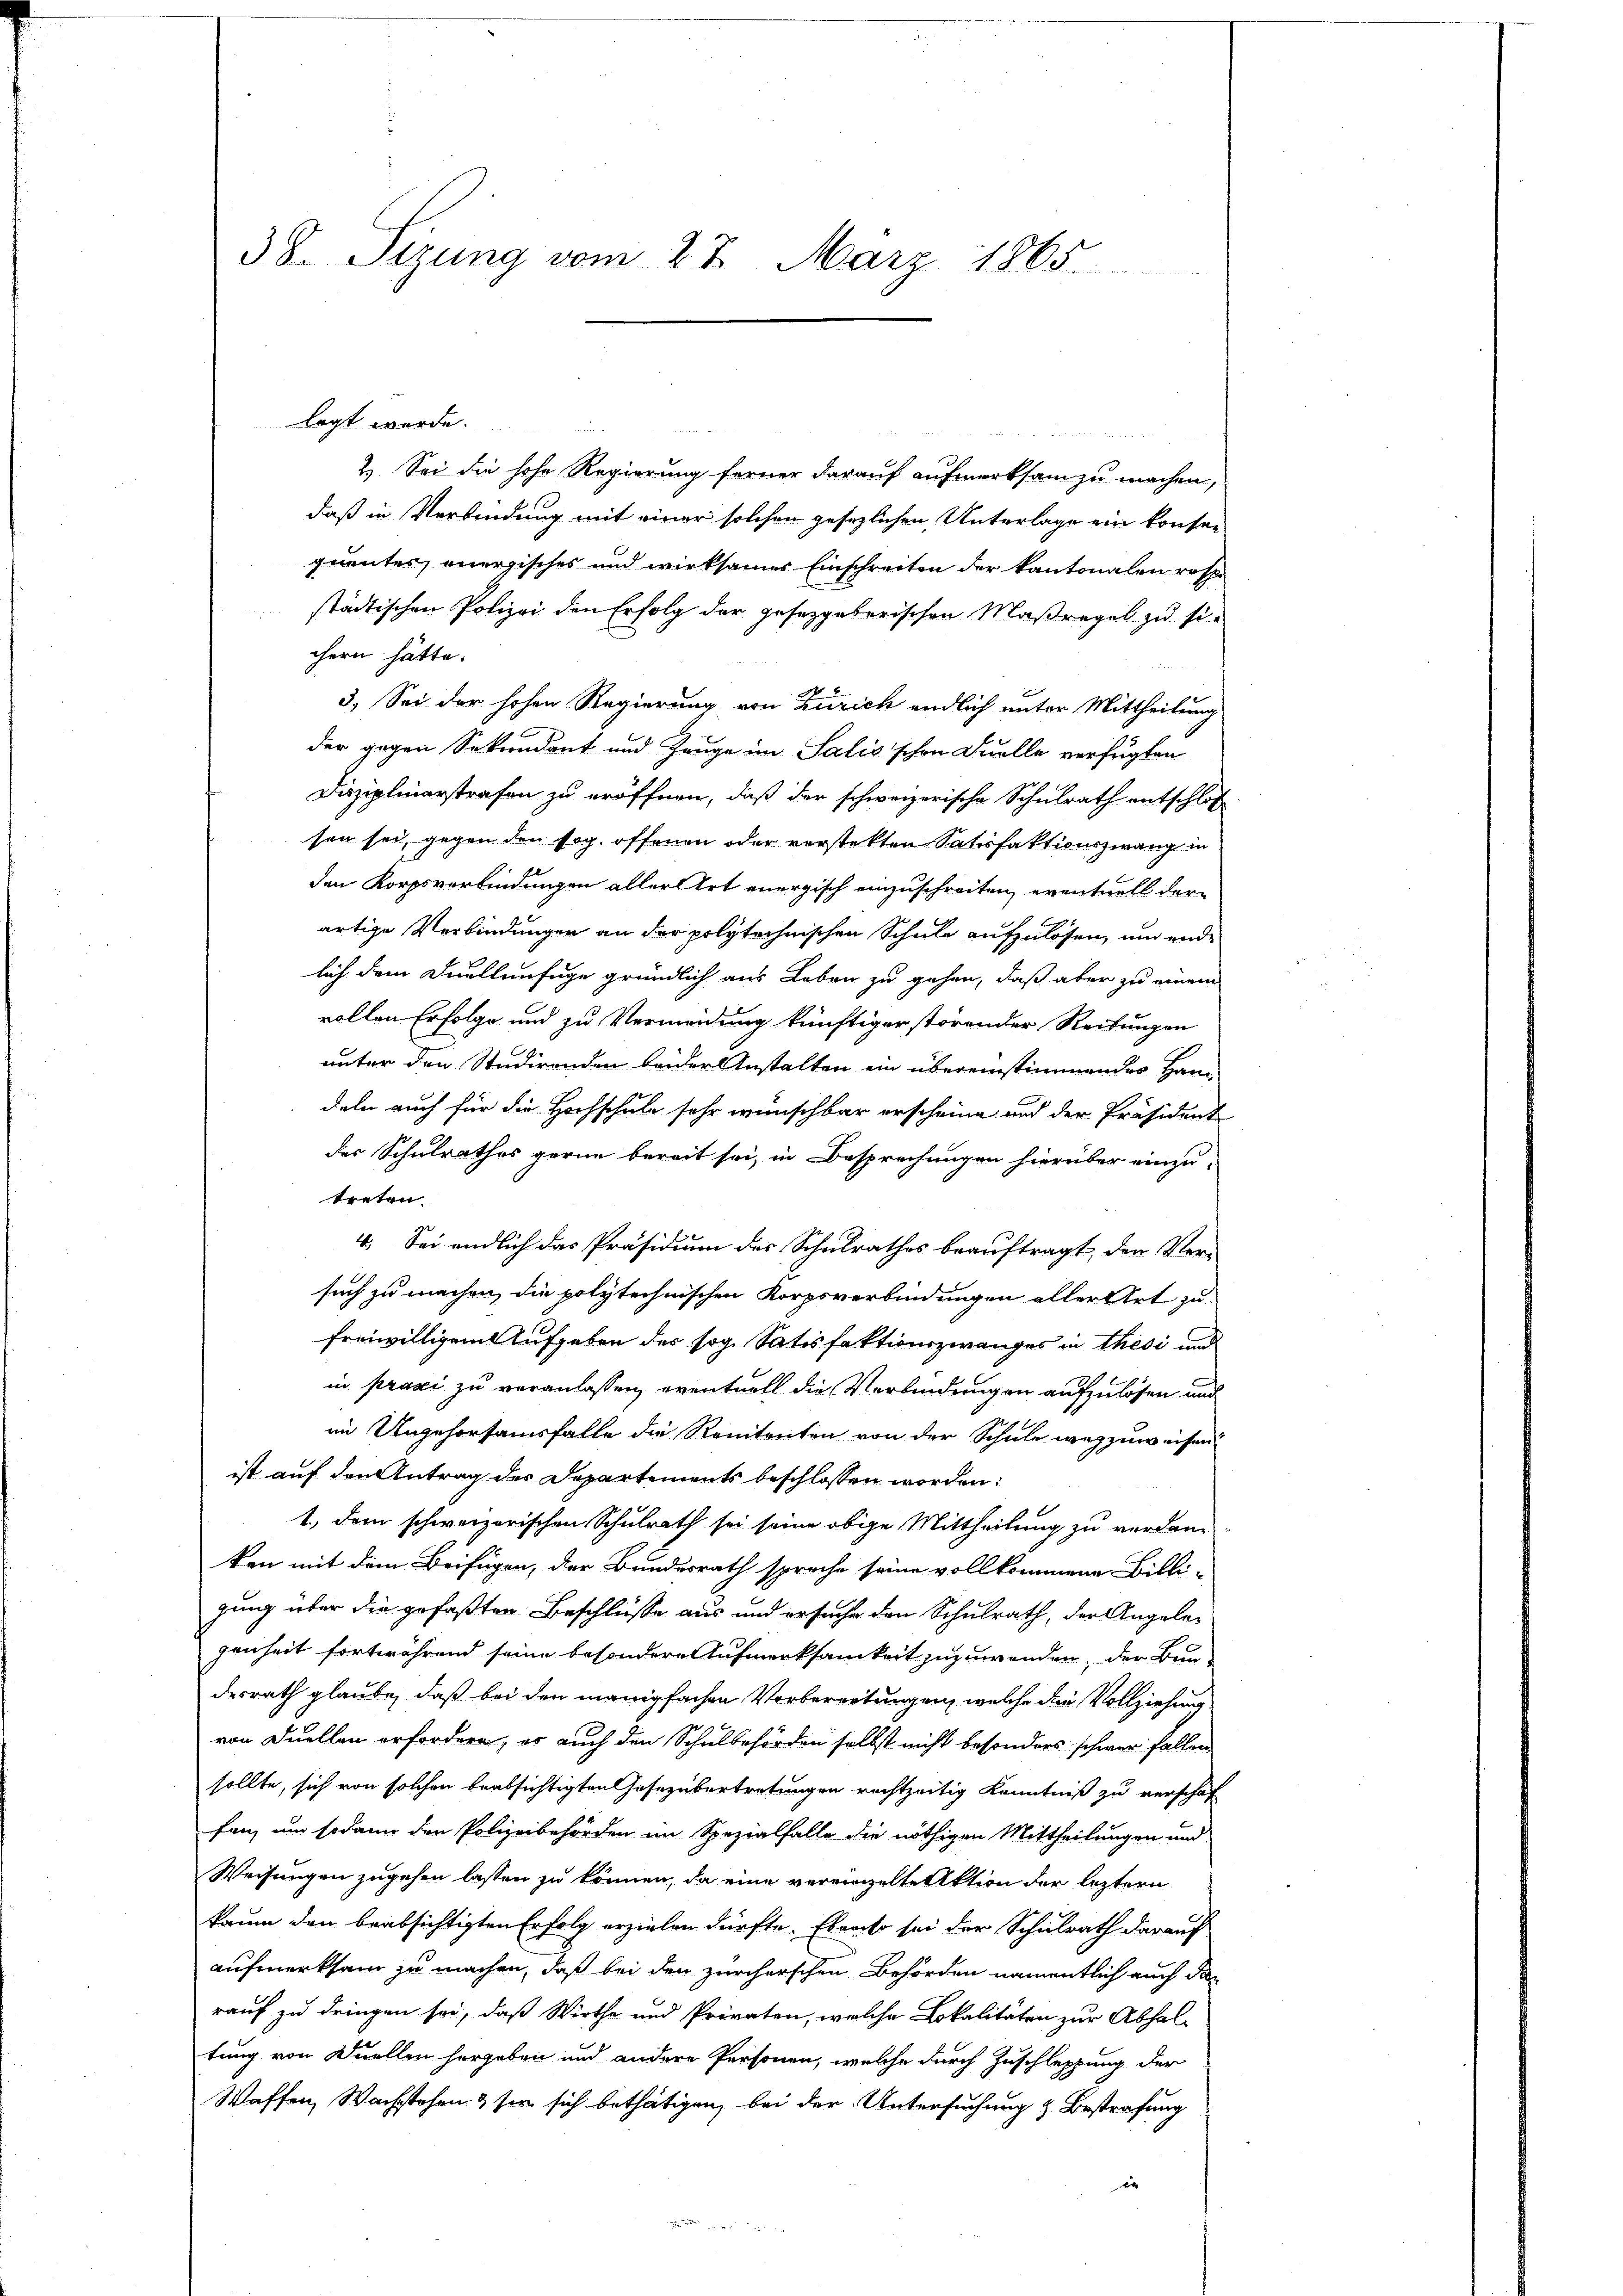
38. Sizung vom 27. März 1865

legt werde.

2. Sei die hohe Regierung ferner darauf aufmerksam zu machen,
daß in Verbindung mit einer solchen gesezlichen Unterlage ein konsequentes, onergisches und wirksames Einschreiten der Kantonalen resp.
städtischen Polizei den Erfolg der gesetzgeberischen Maßregel zu sichern hätte.
3. Sei der hohen Regierung von Zürich endlich unter Mittheilung
der gegen Sekundent und Zeuge im Salis schon Quelle verfügten
Disziplinarstrafen zu eröffnen, daß der schweizerische Schulrath entschlos
sen sei, gegen den sog. offenen oder verstekten Satisfaktionszwang in
den Korpsverbindungen allerort energisch einzuschreiten, eventuell der
artige Verbindungen an der polytechnischen Schule aufzulösen, und endlich dem Duellenfüge gründlich aus Leben zu gehen, daß aber zu einem
vollen Erfolge und zu Vermeidung künftiger störender Reibungen
unter den Studirenden beider Anstalten ein übereinstimmendes Handeln auch für die Hochschule sehr wünschbar erscheine und der Präsident
der Schulrathes gerne bereit sei, in Besprechungen hierüber einzu-
treten.
4. Sei endlich das Präsidium des Schulrathes beauftragt, der Ver-
such zu machen, die polytechnischen Korpsverbindungen aller Art zu
freiwilligem Aufgeben des sog. Satisfaktionszwanges in Thesi und
in prasi zu veranlassen, eventuell die Verbindungen aufzulösen und
im Ungehorsamsfalle die Rententen von der Schule wegzuweisen
ist auf den Antrag des Departements beschlossen worden:
1.) Dem schweizerischen Schulrath sei seine obige Mittheilung zu verdan-
ken mit dem Beifügen, der Bundesrath spreche seine vollkommene Billi-
gung über die gefaßten Beschlüsse aus und ersuche den Schulrath, der Angelegenheit fortwährend seine besondere Aufmerksamkeit zuzuwenden, der Bundesrath glaube, daß bei den manigfachen Vorbereitungen, welche die Vollziehung
von Duellen erfordern, es auch den Schulbehörden selbst nicht besonders schwer fallen
sollte, sich von solchen beabsichtigten Gesezübertretungen rechtzeitig Kenntniß zu verschaf
fen, und sodann den Polizeibehörden im Spezialfalle die nöthigen Mittheilungen und
Weisungen zugehen lassen zu können, da eine vereingelte Aktion der leztern
kaum den beabsichtigten Erfolg erzielen dürfte. Ebenso sei der Schulrath darauf
aufmerksam zu machen, daß bei den zürcherschen Behörden namentlich auch dan
rauf zu dringen sei, daß Wirthe und Privaten, welche Lokalitäten zur Abhal-
tung von Duellen hergeben und andere Personen, welche durch Zuschleppung der
Waffen, Wachstehen, & sie sich bethätigen, bei der Untersuchung & Bestrafung
ver